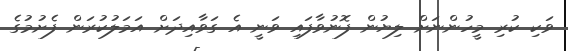
ވަކި ކުރި މީހުންނަށް ލިޔުން ފޮނުވާފައި ވަނީ އެ ގަވާއިދަށް އަމަލުކުރަން ފެށުމުގެ